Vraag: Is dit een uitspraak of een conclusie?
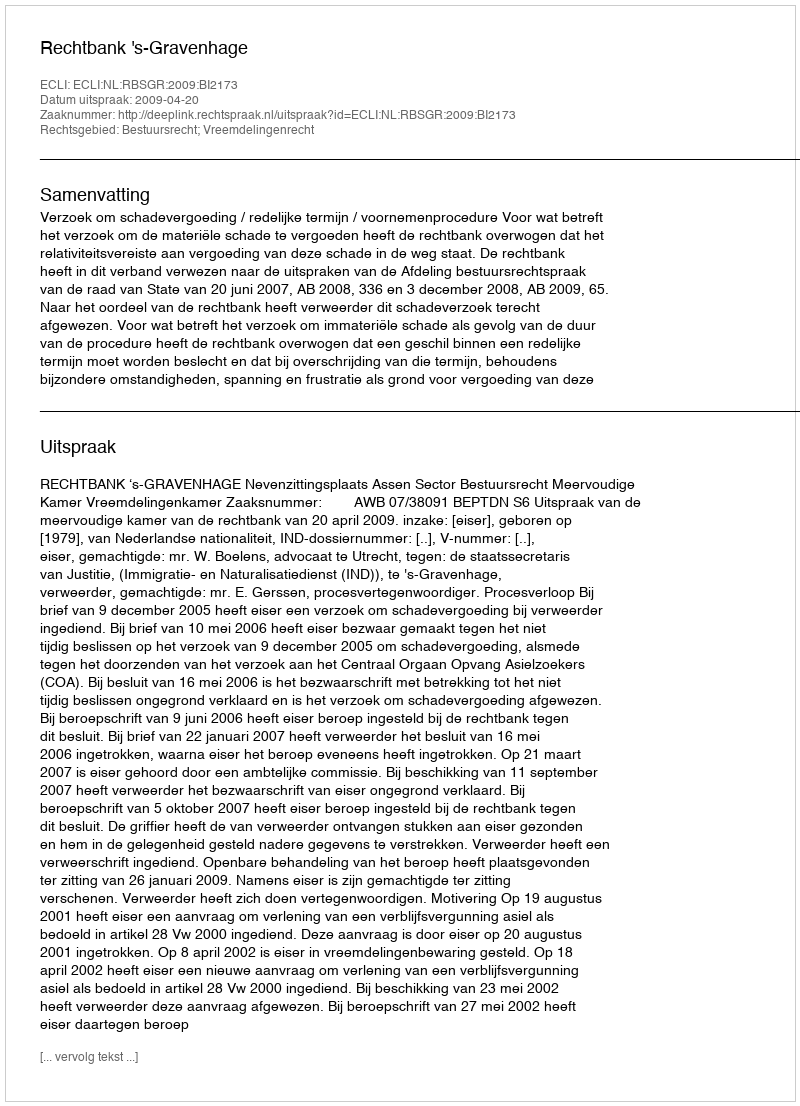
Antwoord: Uitspraak